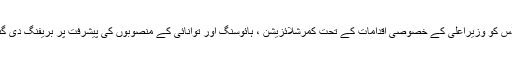
اجلاس کو وزیراعلیٰ کے خصوصی اقدامات کے تحت کمرشلائزیشن ، ہائوسنگ اور توانائی کے منصوبوں کی پیشرفت پر بریفنگ دی گئی ۔